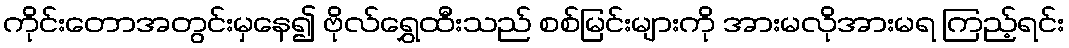
ကိုင်းတောအတွင်းမှနေ၍ ဗိုလ်ရွှေထီးသည် စစ်မြင်းများကို အားမလိုအားမရ ကြည့်ရင်း